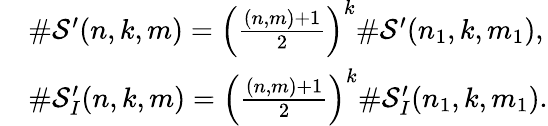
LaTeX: \begin{array}{rl}&{\# \mathcal{S}^{\prime}(n,k,m)=\left(\frac{(n,m)+1}{2}\right)^{k}\# \mathcal{S}^{\prime}(n_{1},k,m_{1}),}\\ &{\# \mathcal{S}_{I}^{\prime}(n,k,m)=\left(\frac{(n,m)+1}{2}\right)^{k}\# \mathcal{S}_{I}^{\prime}(n_{1},k,m_{1}).}\end{array}